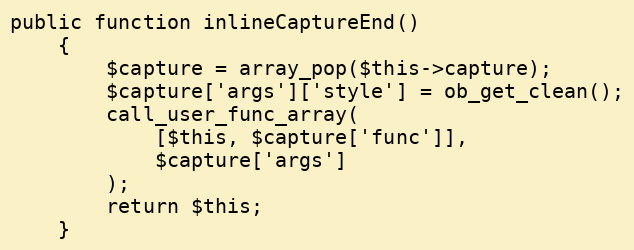
Language: PHP
public function inlineCaptureEnd()
    {
        $capture = array_pop($this->capture);
        $capture['args']['style'] = ob_get_clean();
        call_user_func_array(
            [$this, $capture['func']],
            $capture['args']
        );
        return $this;
    }